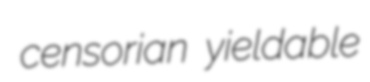
censorian yieldable